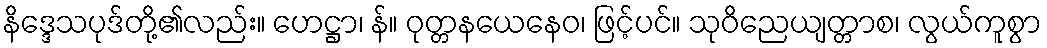
နိဒ္ဒေသပုဒ်တို့၏လည်း။ ဟေဋ္ဌာ၊ န်။ ဝုတ္တနယေနေဝ၊ ဖြင့်ပင်။ သုဝိညေယျတ္တာစ၊ လွယ်ကူစွာ